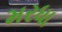
મરધા